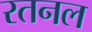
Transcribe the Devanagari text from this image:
रतनल